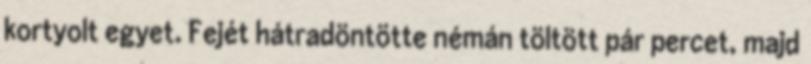
kortyolt egyet. Fejét hátradöntötte némán töltött pár percet, majd